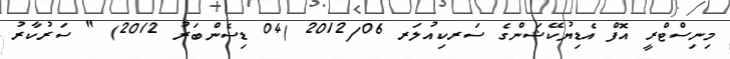
މިނިސްޓްރީ އޮފް އެޑިޔުކޭޝަންގެ ސަރކިއުލަރ 2012/06 (04 ޑިސެންބަރު 2012) " ސަރުކާރު